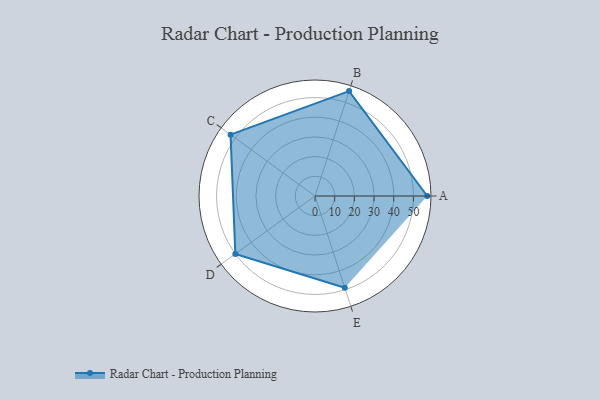
{"axis": {"x": "Skill", "y": "Score"}, "legend": ["Profile"], "data": [{"x": "A", "y": 57.0, "type": "Profile"}, {"x": "B", "y": 56.0, "type": "Profile"}, {"x": "C", "y": 53.0, "type": "Profile"}, {"x": "D", "y": 50.0, "type": "Profile"}, {"x": "E", "y": 49.0, "type": "Profile"}]}